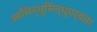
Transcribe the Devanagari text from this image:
आसिन्धुसिन्धुपर्यंता